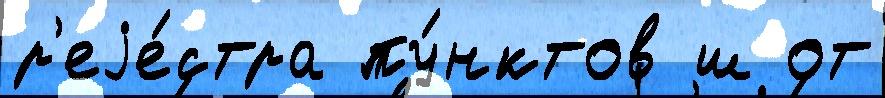
р'еjе́стра пу́нктов ш от